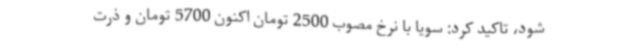
شود، تاکید کرد: سویا با نرخ مصوب 2500 تومان اکنون 5700 تومان و ذرت